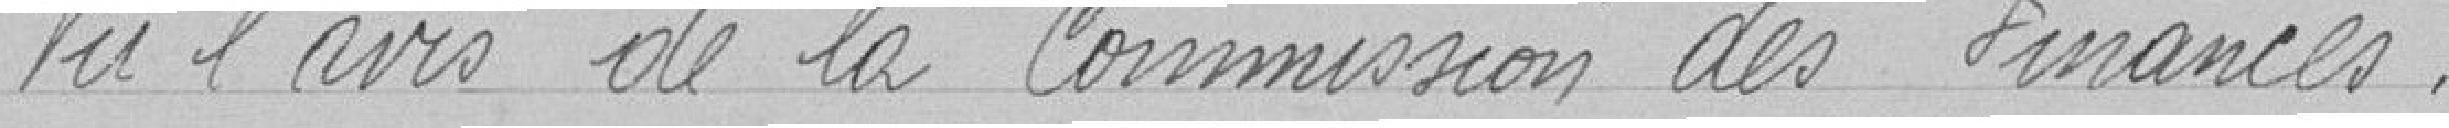
Vu l'avis de la commission des finances